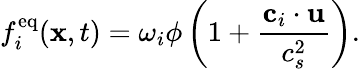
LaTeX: f_{i}^{\mathrm{eq}}(\mathbf{x},t)=\omega_{i}\phi\left(1+\frac{\mathbf{c}_{i}\cdot\mathbf{u}}{c_{s}^{2}}\right).